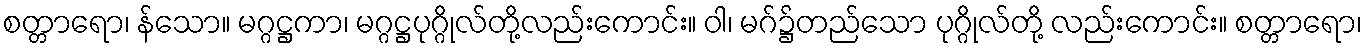
စတ္တာရော၊ န်သော။ မဂ္ဂဋ္ဌကာ၊ မဂ္ဂဋ္ဌပုဂ္ဂိုလ်တို့လည်းကောင်း။ ဝါ၊ မဂ်၌တည်သော ပုဂ္ဂိုလ်တို့ လည်းကောင်း။ စတ္တာရော၊